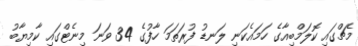
މެޗްގައި ކޮލަމްބިއާގެ ހަމައެކަނި ލަނޑު ފުރަތަމަ ހާފުގެ 34 ވަނަ މިނެޓްގައި ކާމިޔާބު